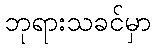
ဘုရားသခင်မှာ